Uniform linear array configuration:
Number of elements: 12
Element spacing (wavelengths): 0.75
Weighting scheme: binomial
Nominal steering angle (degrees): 60
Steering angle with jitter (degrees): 60.85
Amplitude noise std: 0.05
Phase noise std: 0.05

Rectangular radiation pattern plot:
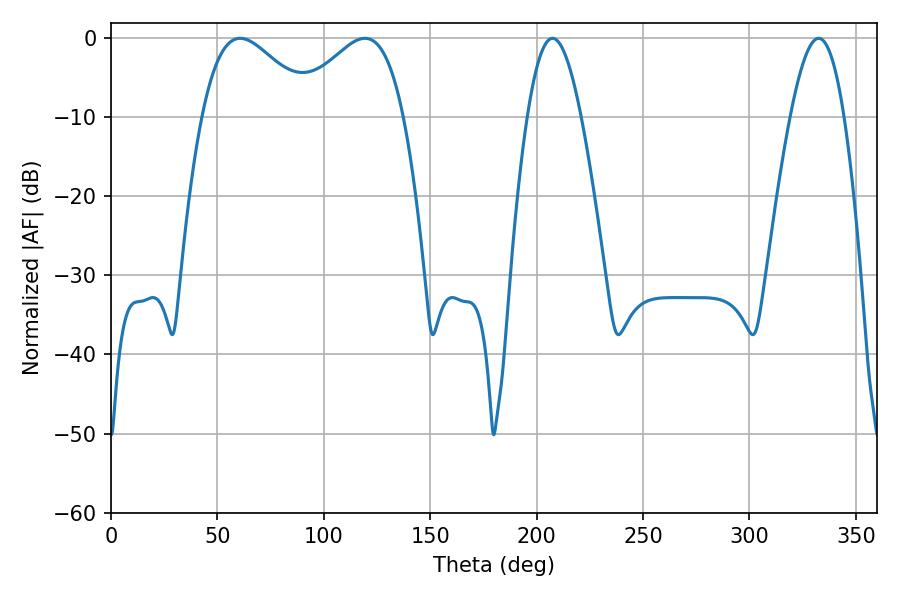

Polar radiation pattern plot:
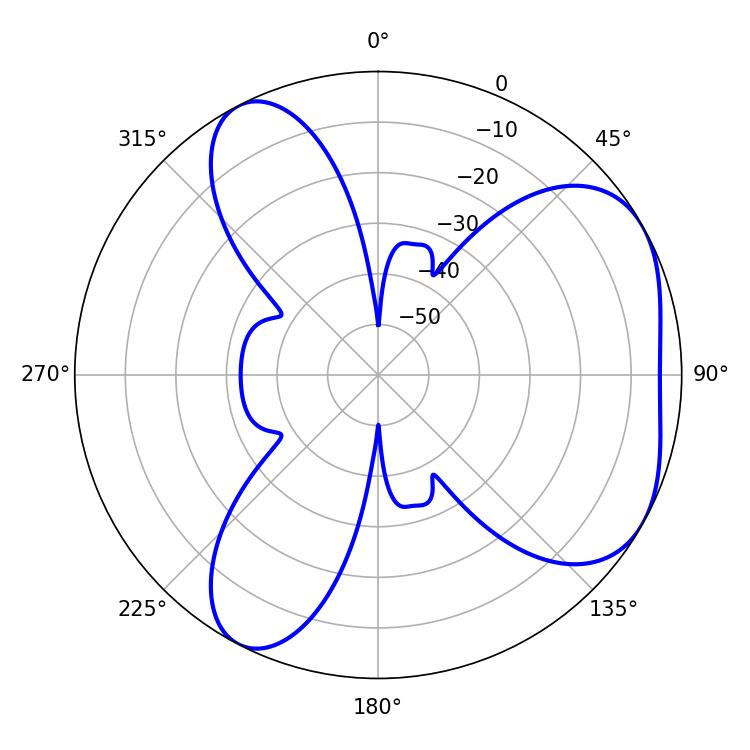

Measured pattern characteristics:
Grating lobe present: TRUE
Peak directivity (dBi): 4.705
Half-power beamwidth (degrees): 28.08
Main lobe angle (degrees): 60.66